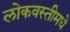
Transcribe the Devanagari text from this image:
लोकवस्तीमधे